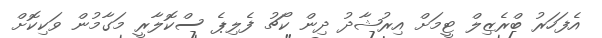
އެފަހަރު ބްރެޒިލް ޓީމަށް އިރުޝާދު ދިން ކޯޗު ފެލިޕެ ސްކޮލާރީ މަގާމުން ވަކިކޮށް